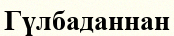
Гүлбаданнан